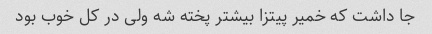
جا داشت که خمیر پیتزا بیشتر پخته شه ولی در کل خوب بود